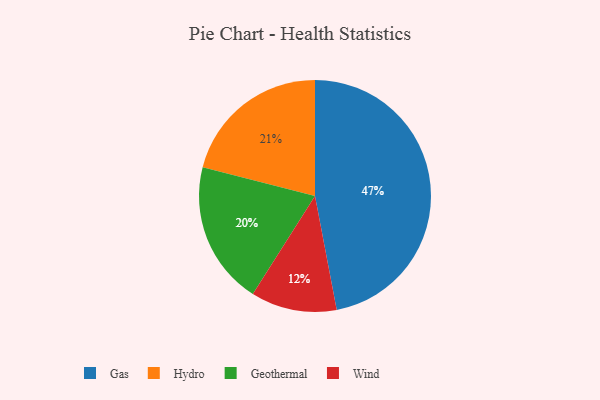
{"axis": {"x": "Category", "y": "Percentage"}, "legend": ["Gas", "Geothermal", "Hydro", "Wind"], "data": [{"x": "Geothermal", "y": 20, "type": "Geothermal"}, {"x": "Gas", "y": 47, "type": "Gas"}, {"x": "Hydro", "y": 21, "type": "Hydro"}, {"x": "Wind", "y": 12, "type": "Wind"}]}